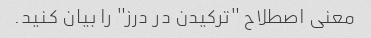
معنی اصطلاح "ترکیدن در درز" را بیان کنید.